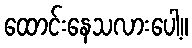
ထောင်းနေသလားပေါ့။